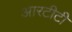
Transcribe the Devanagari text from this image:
आरटीटी